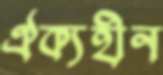
ঐক্যহীন